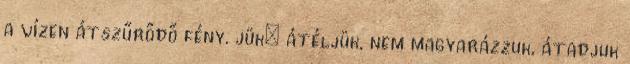
a vízen átszűrődő fény. jük: átéljük, nem magyarázzuk, átadjuk